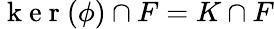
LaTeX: \mathrm{~k~e~r~}(\phi)\cap F=K\cap F